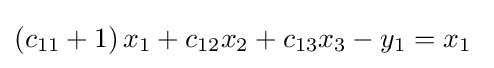
\left(c_{11}+1\right)x_{1}+c_{12}x_{2}+c_{13}x_{3}-y_{1}=x_{1}\